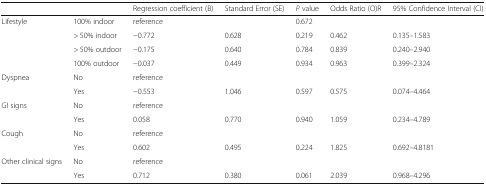
<table><thead><tr><td colspan="2"></td><td><b>Regression coefficient (B)</b></td><td><b>Standard Error (SE)</b></td><td><b><i>P</i> value</b></td><td><b>Odds Ratio (O)R</b></td><td><b>95% Confidence Interval (CI)</b></td></tr></thead><tbody><tr><td rowspan="4">Lifestyle</td><td>100% indoor</td><td>reference</td><td></td><td>0.672</td><td></td><td></td></tr><tr><td>&gt; 50% indoor</td><td>−0.772</td><td>0.628</td><td>0.219</td><td>0.462</td><td>0.135–1.583</td></tr><tr><td>&gt; 50% outdoor</td><td>−0.175</td><td>0.640</td><td>0.784</td><td>0.839</td><td>0.240–2.940</td></tr><tr><td>100% outdoor</td><td>−0.037</td><td>0.449</td><td>0.934</td><td>0.963</td><td>0.399–2.324</td></tr><tr><td rowspan="2">Dyspnea</td><td>No</td><td>reference</td><td></td><td></td><td></td><td></td></tr><tr><td>Yes</td><td>−0.553</td><td>1.046</td><td>0.597</td><td>0.575</td><td>0.074–4.464</td></tr><tr><td rowspan="2">GI signs</td><td>No</td><td>reference</td><td></td><td></td><td></td><td></td></tr><tr><td>Yes</td><td>0.058</td><td>0.770</td><td>0.940</td><td>1.059</td><td>0.234–4.789</td></tr><tr><td rowspan="2">Cough</td><td>No</td><td>reference</td><td></td><td></td><td></td><td></td></tr><tr><td>Yes</td><td>0.602</td><td>0.495</td><td>0.224</td><td>1.825</td><td>0.692–4.8181</td></tr><tr><td rowspan="2">Other clinical signs</td><td>No</td><td>reference</td><td></td><td></td><td></td><td></td></tr><tr><td>Yes</td><td>0.712</td><td>0.380</td><td>0.061</td><td>2.039</td><td>0.968–4.296</td></tr></tbody></table>